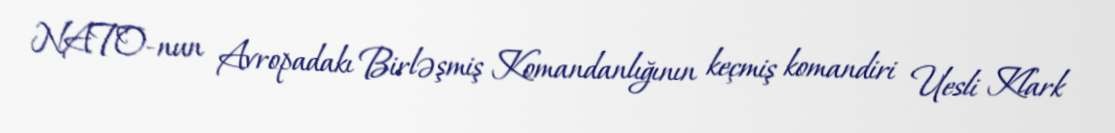
NATO-nun Avropadakı Birləşmiş Komandanlığının keçmiş komandiri Uesli Klark